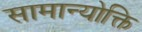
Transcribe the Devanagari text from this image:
सामान्योक्ति